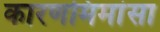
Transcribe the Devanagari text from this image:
कारणमिमांसा